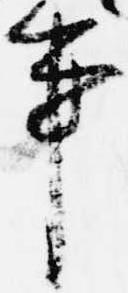
事